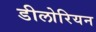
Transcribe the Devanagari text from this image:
डीलोरियन